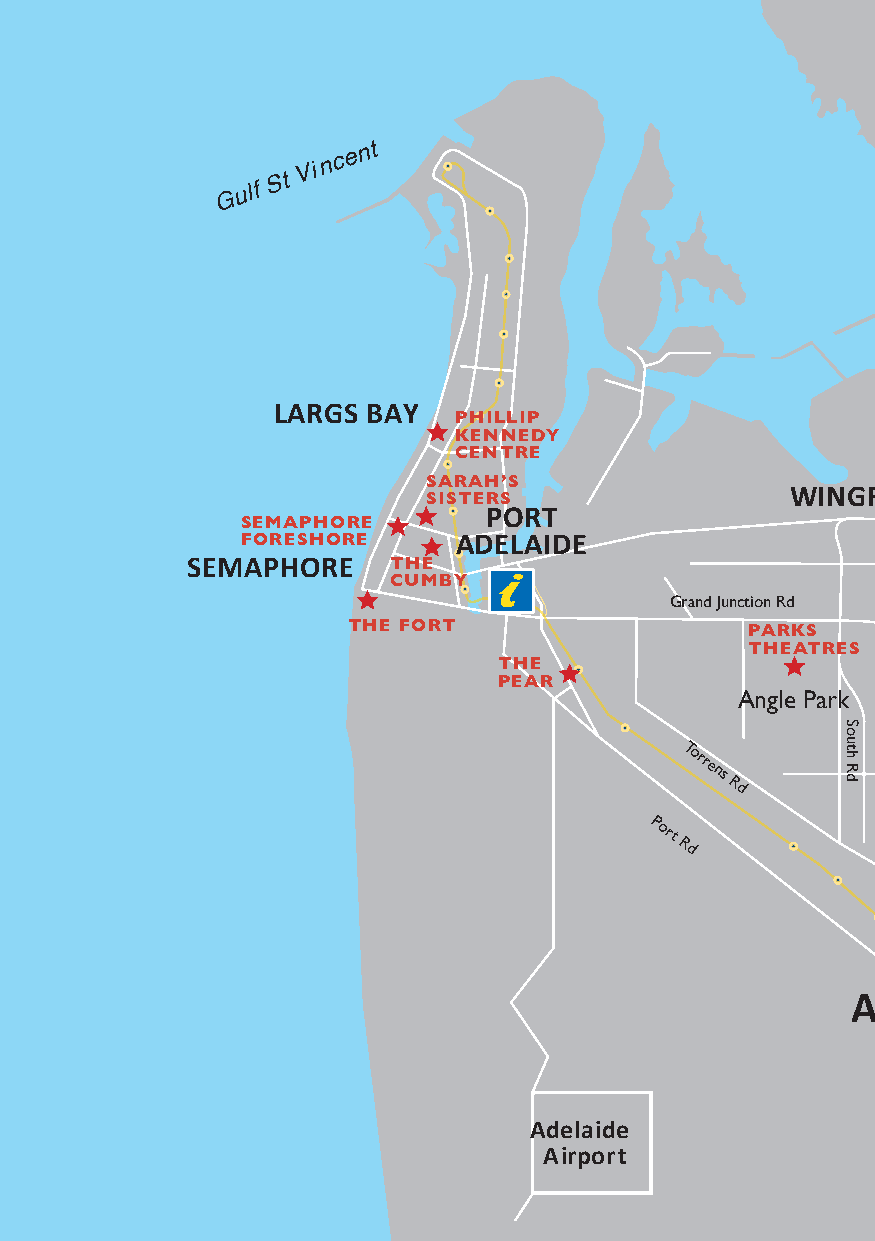
G
 ulf
 S t
 Vi n c e n t
 N
 LARGS BAY
 PHILLIP
 KENNEDY
 CENTRE
 SARAH’S
 WINGFIELD
 SISTERS
 PORT
 SEMAPHORE
 FORESHORE     ADELAIDE
 SEMAPHORE     THE
 CUMBY
 Grand Junction Rd
 F
 is h                  THE FORT                  PARKS                                   WINDSOR
 e                                               THEATRES
 r
 S
 THE
 ENFIELD
 GARDENS
 t                               PEAR
 Angle Park
 Torrens
 Rd
 GREENACRES
 Port
 Rd
 KLEMZIG
 CITY  OF
 ADELAIDE
 Adelaide
 Airport
 GLENELG
 PORT ADELAIDE
 MASONIC HALL
 South
 Rd